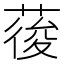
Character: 𮐒